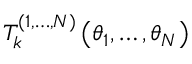
T _ { k } ^ { ( 1 , \dots , N ) } \left( \theta _ { 1 } , \dots , \theta _ { N } \right)